Lunatic asylums Punjab 1868-1880 - 1868-1880
Year: 1868
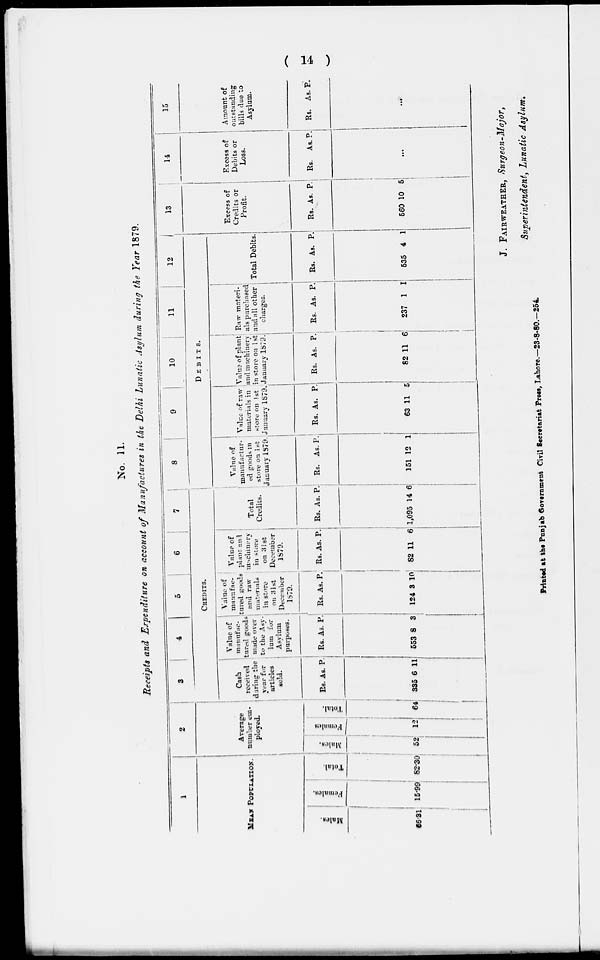
( 14 )
No. 11.
Receipts and Expenditure on account of Manufactures in the Delhi Lunatic Asylum during the Year 1879.
1
MEAN POPULATION.
Males.
65.31
Females.
15.99
Total.
82.30
2
Average
number em-
ployed.
Males.
52
Females
12
Total.
64
3
4
5
6
7
CREDITS.
Cash
received
during the
year for
articles
sold.
Rs.
335
As
6
P.
11
Value of
manufac-
tured goods
made over
to the Asy-
lum for
Asylum
purposes.
Rs.
553
As.
8
P.
3
Value of
manufac-
tured goods
and raw
materials
in store
on 31st
December ,
1879.
Rs.
124
As
3
P.
10
Value of
plant and
machinery
in store
on 31st
December
1879.
Rs.
82
As.
11
P.
6
Total
Credits.
Rs.
1,095
As.
14
P.
6
8
9
10
11
12
DEBITS.
Value of
manufactur-
ed goods in
store on 1 st
January 1879
Rs.
151
As.
12
P.
1
Value of raw
materials in
store on 1st
January 1879.
Rs.
63
As.
11
P.
5
Value of plant
and machinery
in store on 1 st
January 1879.
Rs.
82
As.
11
P.
6
Raw materi-
als purchased
and all other
charges.
Rs.
237
As.
1
P.
1
Total Debits.
Rs.
535
As.
4
P.
1
13
Excess of
Credits or
Profit.
Rs.
560
As.
10
P.
5
14
Excess of
Debits or
Loss.
Rs. As. P.
...
15
Amount of
outstanding
bills due to
Asylum.
Rs. As. P.
...
J. FAIRWEATHER, Surgeon-Major,
Superintendent, Lunatic Asylum.
Printed at the Punjab Government Civil Secretariat Press, Lahore.—23-8-80.—254,